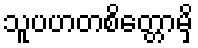
သူပဟတစိတ္တောမှိ